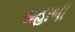
સહાબી